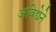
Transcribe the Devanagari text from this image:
अविद्येने